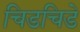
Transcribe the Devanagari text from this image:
चिडचिडे